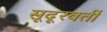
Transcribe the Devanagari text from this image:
सूदूरवर्ती